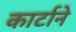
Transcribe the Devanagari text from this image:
कार्टाने